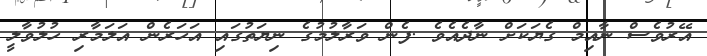
އޭރުވެސް ނާއިމް ގެޔަކަށް ނާދެއެވެ .ފެން ވަރާލުމުގެ ނިޔަތުގައި އަހަރެން އަލަމާރި ހުލުވާލީ